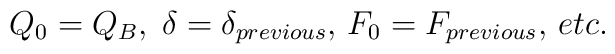
Q_{0}=Q_{B},\;\delta =\delta _{previous},\,F_{0}=F_{previous},\,etc.